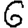
Digit: 6